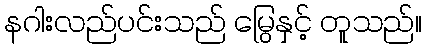
နဂါးလည်ပင်းသည် မြွေနှင့် တူသည်။